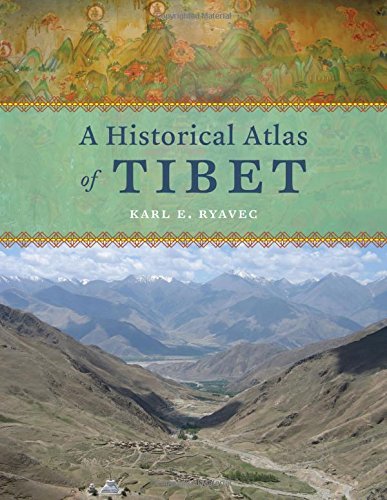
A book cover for A Historical Atlas of Tibet; Karl E. Ryavec; Science & Math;